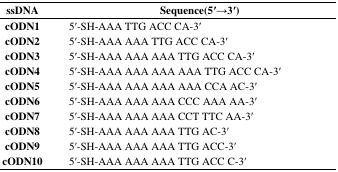
<table><thead><tr><td><b>ssDNA</b></td><td><b>Sequence(5′→3′)</b></td></tr></thead><tbody><tr><td><b>cODN1</b></td><td>5′-SH-AAA TTG ACC CA-3′</td></tr><tr><td><b>cODN2</b></td><td>5′-SH-AAA AAA TTG ACC CA-3′</td></tr><tr><td><b>cODN3</b></td><td>5′-SH-AAA AAA AAA TTG ACC CA-3′</td></tr><tr><td><b>cODN4</b></td><td>5′-SH-AAA AAA AAA AAA TTG ACC CA-3′</td></tr><tr><td><b>cODN5</b></td><td>5′-SH-AAA AAA AAA AAA CCA AC-3′</td></tr><tr><td><b>cODN6</b></td><td>5′-SH-AAA AAA AAA CCC AAA AA-3′</td></tr><tr><td><b>cODN7</b></td><td>5′-SH-AAA AAA AAA CCT TTC AA-3′</td></tr><tr><td><b>cODN8</b></td><td>5′-SH-AAA AAA AAA TTG AC-3′</td></tr><tr><td><b>cODN9</b></td><td>5′-SH-AAA AAA AAA TTG ACC-3′</td></tr><tr><td><b>cODN10</b></td><td>5′-SH-AAA AAA AAA TTG ACC C-3′</td></tr></tbody></table>